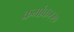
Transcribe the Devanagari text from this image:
क्रमांक२२०